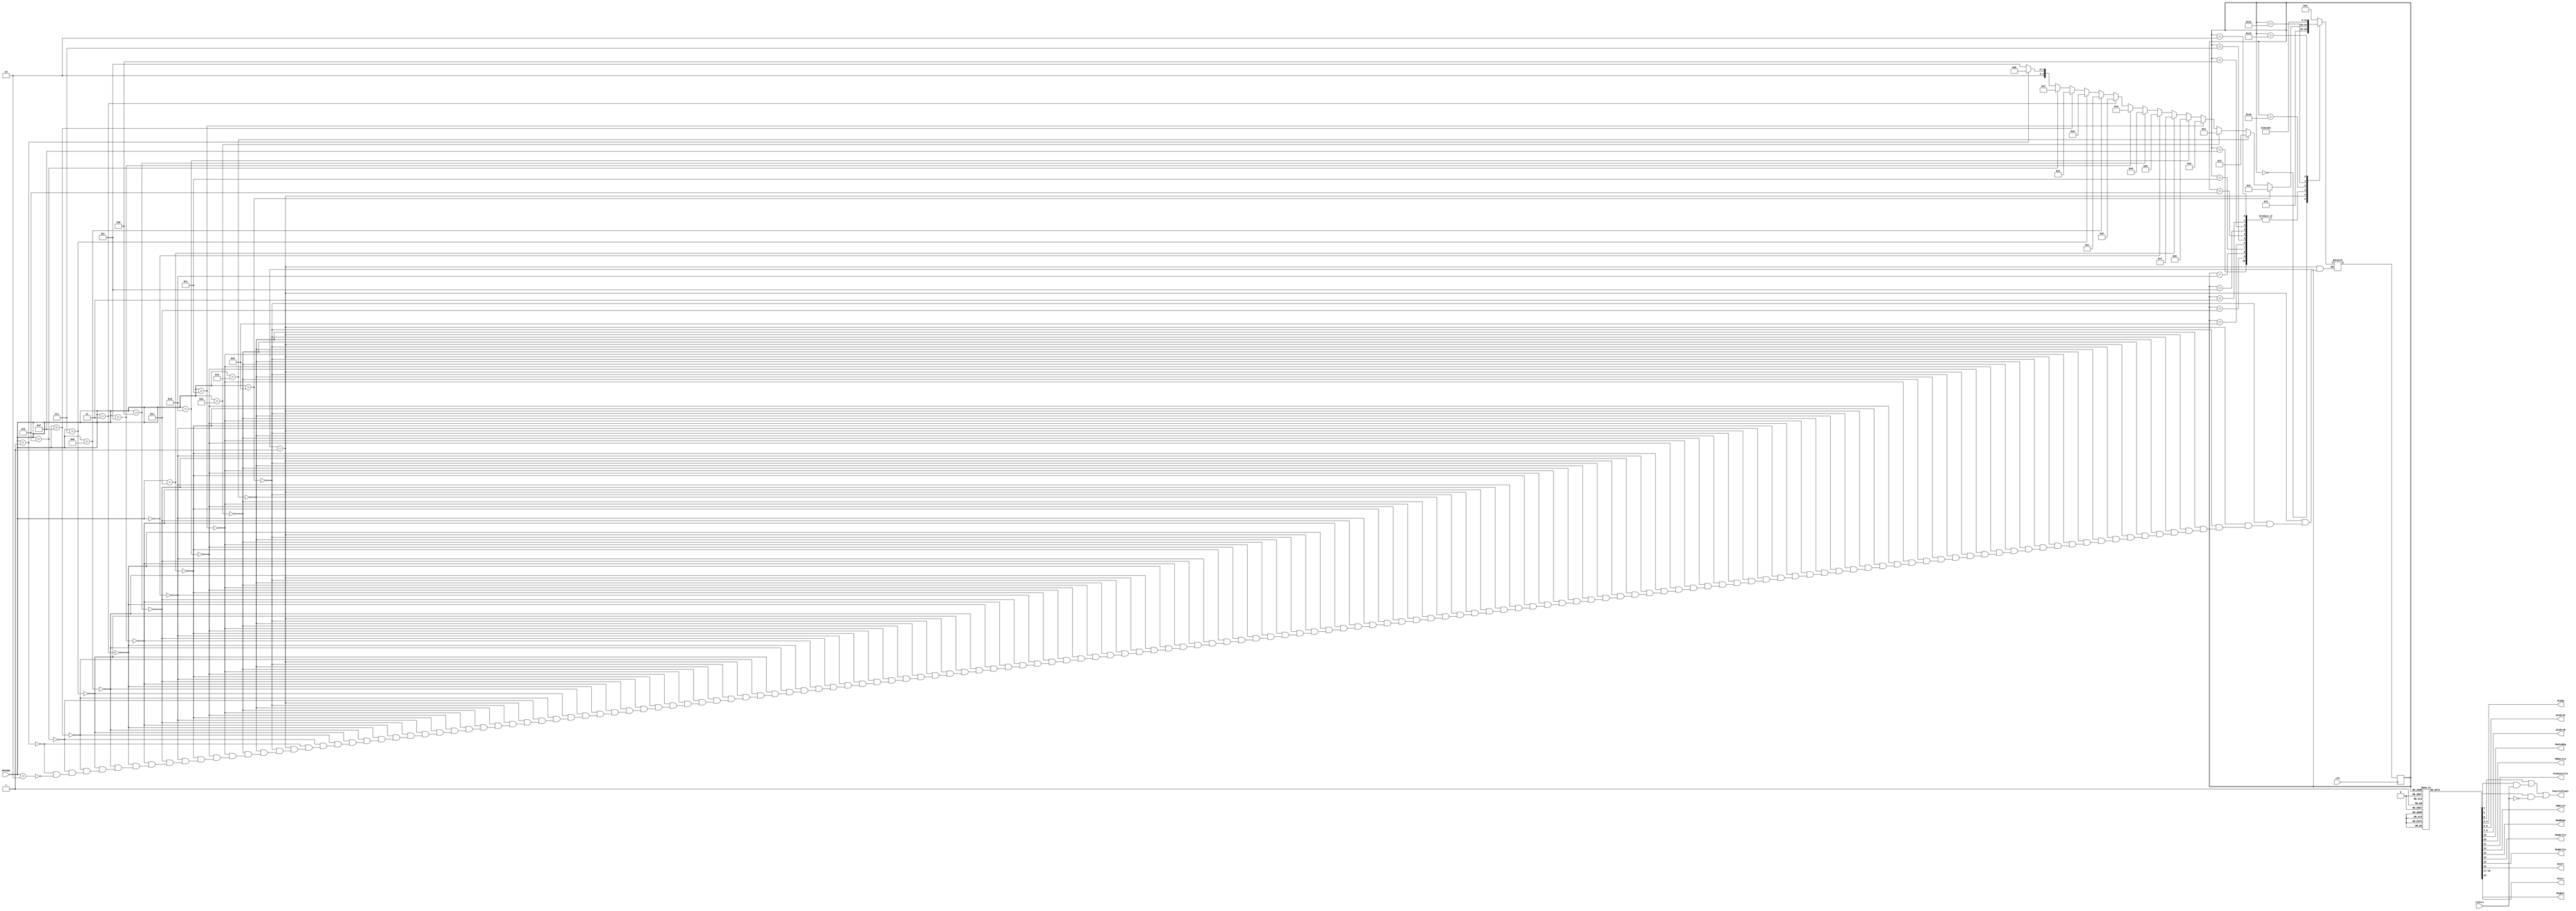

// Control Unit is build as a moore machine
//To keep things simple, Behavioural modelling style was followed
module processor_control_unit_moore_fsm(
   output PCwritefinal,output reg [1:0] ALUop, output reg [1:0] ALUSrcA, output reg [2:0] ALUSrcB,
   output reg MemtoReg,output reg MDRwrite,output reg ALUoutwrite,output reg IRWrite, output reg MemRead,output reg MemWrite,output reg RegWrite,output reg Shift,
   output reg [1:0] PCsrc,output reg RegDst, input [3:0] OPCODE,input clk,input isZero
);
    reg PCWrite;
    reg BE;
    reg BNE;
    reg [4:0] present_state; 
    reg [4:0] next_state;
    parameter S0 = 5'b00000;  //Assigning parametric names to all the states
    parameter S1 = 5'b00001;
    parameter S2 = 5'b00010;
    parameter S3 = 5'b00011;
    parameter S4 = 5'b00100;
    parameter S5 = 5'b00101;
    parameter S6 = 5'b00110;
    parameter S7 = 5'b00111;
    parameter S8 = 5'b01000;
    parameter S9 = 5'b01001;
    parameter S10 = 5'b01010;
    parameter S11 = 5'b01011;
    parameter S12 = 5'b01100;
    parameter S13 = 5'b01101;
    parameter S14 = 5'b01110;
    parameter S15 = 5'b01111;
    parameter S16 = 5'b10000;
    parameter S17 = 5'b10001;
    parameter S18 = 5'b10010;
    parameter S19 = 5'b10011;
    parameter S20 = 5'b10100;
    parameter S21 = 5'b10101;

    wire [1:0] branch_or;
    and (branch_or[0],BE,isZero);
    and (branch_or[1],BNE,(~isZero));
    or (PCwritefinal,PCWrite,branch_or[0],branch_or[1]);  //Computing PCwritefianl from BE, BNE, Zeroflag, PCwrite
    
    initial begin
        next_state = S0;    //State at t=0
    end

    always @(posedge clk) begin
        present_state = next_state;
    end

    always @(present_state,OPCODE) begin      // Deciding next state based on OPCODE and Present State
        case(present_state) 
             S0 : next_state = S1;
             S1 : begin 
                 if(OPCODE == 4'b1000) next_state = S2;
                 else if(OPCODE == 4'b1001) next_state = S3;
                 else if(OPCODE == 4'b1010) next_state = S4;
                 else if(OPCODE == 4'b1100) next_state = S5;
                 else if(OPCODE == 4'b1101) next_state = S6;
                 else if(OPCODE == 4'b1110) next_state = S7;
                 else if(OPCODE == 4'b0000) next_state = S8;
                 else if(OPCODE == 4'b0100) next_state = S9;
                 else if(OPCODE == 4'b0101) next_state = S10;
                 else if(OPCODE == 4'b0011) next_state = S11;
                 else if(OPCODE == 4'b1011) next_state = S12;
                 else if(OPCODE == 4'b0111) next_state = S13;
                 else if(OPCODE == 4'b1111) next_state = S14;
                 else if(OPCODE == 4'b0110) next_state = S15;
                 else if(OPCODE == 4'b0001) next_state = S16;
                 else if(OPCODE == 4'b0010) next_state = S21;
             end 
             S2,S3,S4,S5,S6,S7,S8,S12,S13,S14,S15 : next_state = S17;
             S9,S10,S11,S17,S19,S20 : next_state = S0;
             S16 : next_state = S18;
             S18 : next_state = S20;
             S21 : next_state = S19;
             default : next_state = S0;          
        endcase
        
    end

	//PCWrite: Signal from control unit;   BE: Branch if Equal;  BNE: Branch if Not Equal;  ALUop: Signal to ALU to decide operation on operands;
	//ALUSrcA: Select line for mux feeding ALUinA;  ALUSrcB: Select line for mux feeding ALUinB;  
	//MemtoReg: Data to desitantion register from MDR or ALUOut;  ALUoutwrite: Enable to write into ALUout;  
	//IRWrite: Enable to write into Instruction Register;  MemRead: Enable memory read;  MemWrite: Enable memory write; 
	//RegWrite: Enable Register bank write;  Shift: Active for Shifting Opertaion;  PCsrc: Choosing what to write into PC; 
	//RegDst: Choosing Destination Register;  MDRwrite: Enable to write into MDR;
	 
    always @(present_state) begin   // Since this is a moore machine, The control signals(o/ps) are dependent solely on the state of the machine
        case(present_state)         //Deciding the values of control signals in each state
             
             S0 : begin PCWrite = 1'b1; BE = 1'bx; BNE = 1'bx; ALUop = 2'b00; ALUSrcA = 2'b11; ALUSrcB = 3'b110; MemtoReg = 1'bx; ALUoutwrite = 1'b0;
                        IRWrite = 1'b1; MemRead = 1'b0; MemWrite = 1'b0; RegWrite = 1'b0; Shift = 1'bx; PCsrc = 2'b01; RegDst = 1'bx; MDRwrite = 1'b0;
             end
             S1 : begin PCWrite = 1'b0; BE = 1'b0; BNE = 1'b0; ALUop = 2'bxx; ALUSrcA = 2'bxx; ALUSrcB = 3'bxxx; MemtoReg = 1'bx; ALUoutwrite = 1'b0;
                        IRWrite = 1'b0; MemRead = 1'b0; MemWrite = 1'b0; RegWrite = 1'b0; Shift = 1'b0; PCsrc = 2'bxx; RegDst = 1'bx; MDRwrite = 1'b0;
             end
             S2 : begin PCWrite = 1'b0; BE = 1'b0; BNE = 1'b0; ALUop = 2'b00; ALUSrcA = 2'b01; ALUSrcB = 3'b101; MemtoReg = 1'bx; ALUoutwrite = 1'b1;
                        IRWrite = 1'b0; MemRead = 1'b0; MemWrite = 1'b0; RegWrite = 1'b0; Shift = 1'b0; PCsrc = 2'bxx; RegDst = 1'bx; MDRwrite = 1'b0;
             end
             S3 : begin PCWrite = 1'b0; BE = 1'b0; BNE = 1'b0; ALUop = 2'b00; ALUSrcA = 2'b10; ALUSrcB = 3'b010; MemtoReg = 1'bx; ALUoutwrite = 1'b1;
                        IRWrite = 1'b0; MemRead = 1'b0; MemWrite = 1'b0; RegWrite = 1'b0; Shift = 1'b0; PCsrc = 2'bxx; RegDst = 1'bx; MDRwrite = 1'b0;
             end
             S4 : begin PCWrite = 1'b0; BE = 1'b0; BNE = 1'b0; ALUop = 2'b00; ALUSrcA = 2'b10; ALUSrcB = 3'b001; MemtoReg = 1'bx; ALUoutwrite = 1'b1;
                        IRWrite = 1'b0; MemRead = 1'b0; MemWrite = 1'b0; RegWrite = 1'b0; Shift = 1'b0; PCsrc = 2'bxx; RegDst = 1'bx; MDRwrite = 1'b0;
             end
             S5 : begin PCWrite = 1'b0; BE = 1'b0; BNE = 1'b0; ALUop = 2'b01; ALUSrcA = 2'b01; ALUSrcB = 3'b101; MemtoReg = 1'bx; ALUoutwrite = 1'b1;
                        IRWrite = 1'b0; MemRead = 1'b0; MemWrite = 1'b0; RegWrite = 1'b0; Shift = 1'b0; PCsrc = 2'bxx; RegDst = 1'bx; MDRwrite = 1'b0;
             end
             S6 : begin PCWrite = 1'b0; BE = 1'b0; BNE = 1'b0; ALUop = 2'b01; ALUSrcA = 2'b10; ALUSrcB = 3'b010; MemtoReg = 1'bx; ALUoutwrite = 1'b1;
                        IRWrite = 1'b0; MemRead = 1'b0; MemWrite = 1'b0; RegWrite = 1'b0; Shift = 1'b0; PCsrc = 2'bxx; RegDst = 1'bx; MDRwrite = 1'b0;
             end
             S7 : begin PCWrite = 1'b0; BE = 1'b0; BNE = 1'b0; ALUop = 2'b01; ALUSrcA = 2'b10; ALUSrcB = 3'b001; MemtoReg = 1'bx; ALUoutwrite = 1'b1;
                        IRWrite = 1'b0; MemRead = 1'b0; MemWrite = 1'b0; RegWrite = 1'b0; Shift = 1'b0; PCsrc = 2'bxx; RegDst = 1'bx; MDRwrite = 1'b0;
             end
             S8 : begin PCWrite = 1'b0; BE = 1'b0; BNE = 1'b0; ALUop = 2'bxx; ALUSrcA = 2'bxx; ALUSrcB = 3'bxxx; MemtoReg = 1'bx; ALUoutwrite = 1'b1;
                        IRWrite = 1'b0; MemRead = 1'b0; MemWrite = 1'b0; RegWrite = 1'b0; Shift = 1'b1; PCsrc = 2'bxx; RegDst = 1'bx; MDRwrite = 1'b0;
             end
             S9 : begin PCWrite = 1'b0; BE = 1'b1; BNE = 1'b0; ALUop = 2'b01; ALUSrcA = 2'b01; ALUSrcB = 3'b101; MemtoReg = 1'bx; ALUoutwrite = 1'b1;
                        IRWrite = 1'b0; MemRead = 1'b0; MemWrite = 1'b0; RegWrite = 1'b0; Shift = 1'bx; PCsrc = 2'b10; RegDst = 1'bx; MDRwrite = 1'b0;
             end
             S10 : begin PCWrite = 1'b0; BE = 1'b0; BNE = 1'b1; ALUop = 2'b01; ALUSrcA = 2'b01; ALUSrcB = 3'b101; MemtoReg = 1'bx; ALUoutwrite = 1'b1;
                        IRWrite = 1'b0; MemRead = 1'b0; MemWrite = 1'b0; RegWrite = 1'b0; Shift = 1'bx; PCsrc = 2'b10; RegDst = 1'bx; MDRwrite = 1'b0;
             end
             S11 : begin PCWrite = 1'b1; BE = 1'bx; BNE = 1'bx; ALUop = 2'b00; ALUSrcA = 2'b11; ALUSrcB = 3'b000; MemtoReg = 1'bx; ALUoutwrite = 1'b1;
                        IRWrite = 1'b0; MemRead = 1'b0; MemWrite = 1'b0; RegWrite = 1'b0; Shift = 1'b0; PCsrc = 2'b00; RegDst = 1'bx; MDRwrite = 1'b0;
             end
             S12 : begin PCWrite = 1'b0; BE = 1'b0; BNE = 1'b0; ALUop = 2'b10; ALUSrcA = 2'b01; ALUSrcB = 3'b101; MemtoReg = 1'bx; ALUoutwrite = 1'b1;
                        IRWrite = 1'b0; MemRead = 1'b0; MemWrite = 1'b0; RegWrite = 1'b0; Shift = 1'b0; PCsrc = 2'bxx; RegDst = 1'bx; MDRwrite = 1'b0;
             end
             S13 : begin PCWrite = 1'b0; BE = 1'b0; BNE = 1'b0; ALUop = 2'b10; ALUSrcA = 2'b10; ALUSrcB = 3'b010; MemtoReg = 1'bx; ALUoutwrite = 1'b1;
                        IRWrite = 1'b0; MemRead = 1'b0; MemWrite = 1'b0; RegWrite = 1'b0; Shift = 1'b0; PCsrc = 2'bxx; RegDst = 1'bx; MDRwrite = 1'b0;
             end
             S14 : begin PCWrite = 1'b0; BE = 1'b0; BNE = 1'b0; ALUop = 2'b11; ALUSrcA = 2'b01; ALUSrcB = 3'b101; MemtoReg = 1'bx; ALUoutwrite = 1'b1;
                        IRWrite = 1'b0; MemRead = 1'b0; MemWrite = 1'b0; RegWrite = 1'b0; Shift = 1'b0; PCsrc = 2'bxx; RegDst = 1'bx; MDRwrite = 1'b0;
             end
             S15 : begin PCWrite = 1'b0; BE = 1'b0; BNE = 1'b0; ALUop = 2'b11; ALUSrcA = 2'b10; ALUSrcB = 3'b010; MemtoReg = 1'bx; ALUoutwrite = 1'b1;
                        IRWrite = 1'b0; MemRead = 1'b0; MemWrite = 1'b0; RegWrite = 1'b0; Shift = 1'b0; PCsrc = 2'bxx; RegDst = 1'bx; MDRwrite = 1'b0;
             end
             S17 : begin PCWrite = 1'b0; BE = 1'b0; BNE = 1'b0; ALUop = 2'bxx; ALUSrcA = 2'bxx; ALUSrcB = 3'bxxx; MemtoReg = 1'b1; ALUoutwrite = 1'b0;
                        IRWrite = 1'b0; MemRead = 1'b0; MemWrite = 1'b0; RegWrite = 1'b1; Shift = 1'bx; PCsrc = 2'bxx; RegDst = 1'b0; MDRwrite = 1'b0;
             end
             S16 : begin PCWrite = 1'b0; BE = 1'b0; BNE = 1'b0; ALUop = 2'b00; ALUSrcA = 2'b00; ALUSrcB = 3'b100; MemtoReg = 1'bx; ALUoutwrite = 1'b1;
                        IRWrite = 1'b0; MemRead = 1'b0; MemWrite = 1'b0; RegWrite = 1'b0; Shift = 1'b0; PCsrc = 2'bxx; RegDst = 1'bx; MDRwrite = 1'b0;
             end
             S18 : begin PCWrite = 1'b0; BE = 1'b0; BNE = 1'b0; ALUop = 2'bxx; ALUSrcA = 2'bxx; ALUSrcB = 3'bxxx; MemtoReg = 1'bx; ALUoutwrite = 1'b0;
                        IRWrite = 1'b0; MemRead = 1'b1; MemWrite = 1'b0; RegWrite = 1'b0; Shift = 1'bx; PCsrc = 2'bxx; RegDst = 1'bx; MDRwrite = 1'b1;
             end
             S20 : begin PCWrite = 1'b0; BE = 1'b0; BNE = 1'b0; ALUop = 2'bxx; ALUSrcA = 2'bxx; ALUSrcB = 3'bxxx; MemtoReg = 1'b0; ALUoutwrite = 1'b0;
                        IRWrite = 1'b0; MemRead = 1'b0; MemWrite = 1'b0; RegWrite = 1'b1; Shift = 1'bx; PCsrc = 2'bxx; RegDst = 1'b1; MDRwrite = 1'b0;
             end
             S21 : begin PCWrite = 1'b0; BE = 1'b0; BNE = 1'b0; ALUop = 2'b00; ALUSrcA = 2'b00; ALUSrcB = 3'b011; MemtoReg = 1'bx; ALUoutwrite = 1'b1;
                        IRWrite = 1'b0; MemRead = 1'b0; MemWrite = 1'b0; RegWrite = 1'b0; Shift = 1'b0; PCsrc = 2'bxx; RegDst = 1'bx; MDRwrite = 1'b0;
             end
             S19 : begin PCWrite = 1'b0; BE = 1'b0; BNE = 1'b0; ALUop = 2'bxx; ALUSrcA = 2'bxx; ALUSrcB = 3'bxxx; MemtoReg = 1'bx; ALUoutwrite = 1'b0;
                        IRWrite = 1'b0; MemRead = 1'b0; MemWrite = 1'b1; RegWrite = 1'b0; Shift = 1'bx; PCsrc = 2'bxx; RegDst = 1'bx; MDRwrite = 1'b0;
             end
             default : begin PCWrite = 1'b0; BE = 1'b0; BNE = 1'b0; ALUop = 2'bxx; ALUSrcA = 2'bxx; ALUSrcB = 3'bxxx; MemtoReg = 1'bx; ALUoutwrite = 1'b0;
                        IRWrite = 1'b0; MemRead = 1'b0; MemWrite = 1'b0; RegWrite = 1'b0; Shift = 1'bx; PCsrc = 2'bxx; RegDst = 1'bx; MDRwrite = 1'b0;
             end

        endcase
    end


endmodule

/*module tb_cu();
wire PCwritefinal,MemtoReg,IRWrite,MemRead,MemWrite,RegWrite,Shift,RegDst,ALUoutwrite,MDRwrite;
wire [1:0] ALUop;
wire [1:0] ALUSrcA;
wire [1:0] PCsrc;
wire [2:0] ALUSrcB;
reg [3:0] OPCODE;
reg clk;
reg isZero;
processor_control_unit_moore_fsm uut(
   PCwritefinal,ALUop,ALUSrcA,ALUSrcB,MemtoReg,MDRwrite,ALUoutwrite,IRWrite,MemRead,MemWrite,RegWrite,Shift,PCsrc,RegDst,OPCODE,clk,isZero
);
initial begin
        clk = 1'b1;
        forever begin
            #2 clk = ~clk;
        end
end
initial begin
    $dumpfile("CU_test.vcd");
    $dumpvars(0,tb_cu);
    $monitor($time," PCWrite = %b ,BE = %b ,BNE = %b ,ALUop = %b ,ALUSrcA = %b ,ALUSrcB = %b ,MemtoReg = %b ,IRWrite = %b ,MemRead = %b ,MemWrite = %b ,RegWrite = %b ,Shift = %b ,PCsrc = %b ,RegDst = %b ,OPCODE = %b",PCwritefinal,ALUop,ALUSrcA,ALUSrcB,MemtoReg,IRWrite,MemRead,MemWrite,RegWrite,Shift,PCsrc,RegDst,OPCODE);
    OPCODE = 4'b1001;
    #20 OPCODE = 4'b0011;
    #50 $finish;
end
endmodule*/